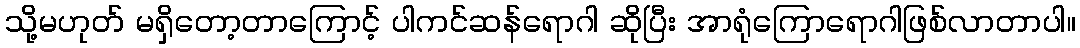
သို့မဟုတ် မရှိတော့တာကြောင့် ပါကင်ဆန်ရောဂါ ဆိုပြီး အာရုံကြောရောဂါဖြစ်လာတာပါ။